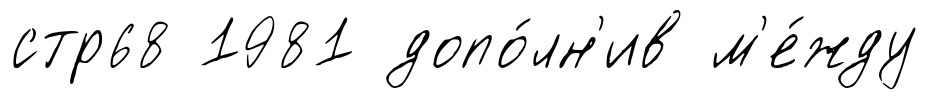
стр68 1981 допо́лн'ив м'е́жду